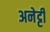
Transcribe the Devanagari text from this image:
अनेट्टी